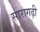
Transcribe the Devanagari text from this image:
सारागढ़ी